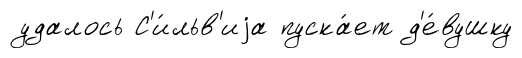
удалось С'и́льв'иjа пуска́ет д'е́вушку